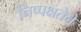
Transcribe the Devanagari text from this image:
निष्पक्षतेने